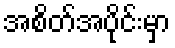
အစိတ်အပိုင်းမှာ